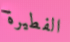
الفطيرة